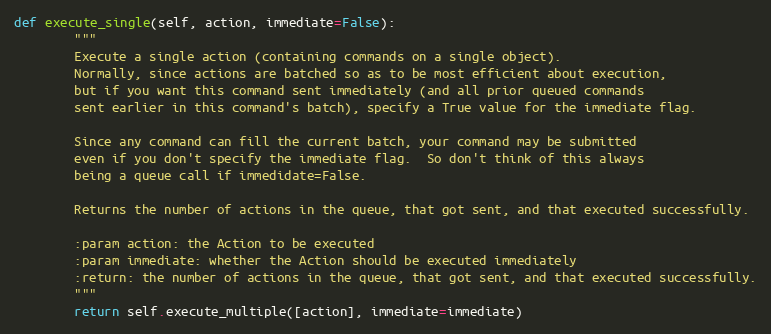
Language: Python
def execute_single(self, action, immediate=False):
        """
        Execute a single action (containing commands on a single object).
        Normally, since actions are batched so as to be most efficient about execution,
        but if you want this command sent immediately (and all prior queued commands
        sent earlier in this command's batch), specify a True value for the immediate flag.

        Since any command can fill the current batch, your command may be submitted
        even if you don't specify the immediate flag.  So don't think of this always
        being a queue call if immedidate=False.

        Returns the number of actions in the queue, that got sent, and that executed successfully.

        :param action: the Action to be executed
        :param immediate: whether the Action should be executed immediately
        :return: the number of actions in the queue, that got sent, and that executed successfully.
        """
        return self.execute_multiple([action], immediate=immediate)